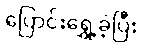
ပြောင်းရွှေ့ခဲ့ပြီး